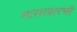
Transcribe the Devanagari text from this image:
मासाप्रारंभी